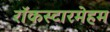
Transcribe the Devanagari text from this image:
रॉकस्टारमेहम